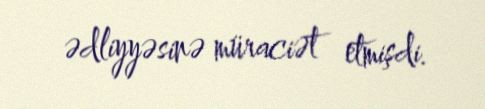
ədliyyəsinə müraciət etmişdi.